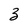
Character: 3